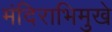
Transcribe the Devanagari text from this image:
मंदिराभिमुखे